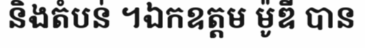
និងតំបន់ ។ឯកឧត្តម ម៉ូឌី បាន